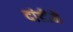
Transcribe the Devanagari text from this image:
दांडीने